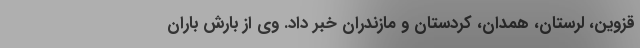
قزوین، لرستان، همدان، کردستان و مازندران خبر داد. وی از بارش باران